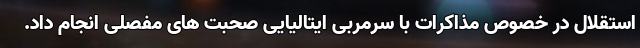
استقلال در خصوص مذاکرات با سرمربی ایتالیایی صحبت های مفصلی انجام داد.